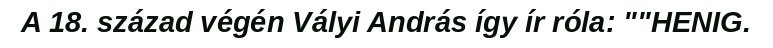
A 18. század végén Vályi András így ír róla: ""HENIG.